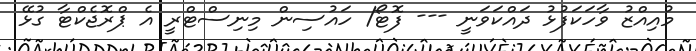
މުއިއްޒު ވާހަކަފުޅު ދައްކަވަނީ --- ފޮޓޯ/ ހައުސިން މިނިސްޓްރީ އެ ޕްރޮޖެކްޓާ ގުޅޭ